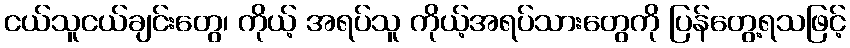
ငယ်သူငယ်ချင်းတွေ၊ ကိုယ့် အရပ်သူ ကိုယ့်အရပ်သားတွေကို ပြန်တွေ့ရသဖြင့်